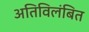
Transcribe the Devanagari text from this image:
अतिविलंबित